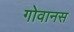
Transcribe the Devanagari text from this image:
गोवानस